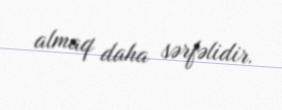
almaq daha sərfəlidir.